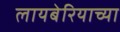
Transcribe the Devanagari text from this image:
लायबेरियाच्या